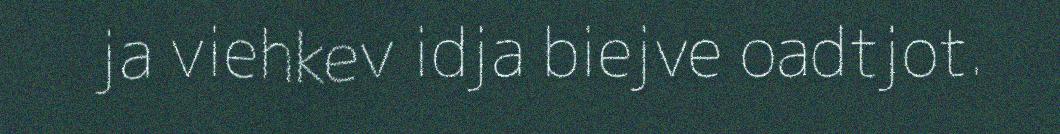
ja viehkev idja biejve oadtjot.